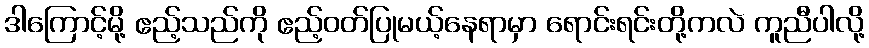
ဒါကြောင့်မို့ ဧည့်သည်ကို ဧည့်ဝတ်ပြုမယ့်နေရာမှာ ရောင်းရင်းတို့ကလဲ ကူညီပါလို့